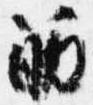
筋